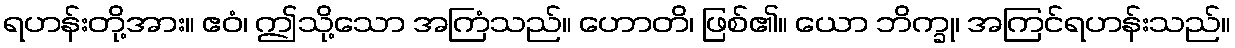
ရဟန်းတို့အား။ ဧဝံ၊ ဤသို့သော အကြံသည်။ ဟောတိ၊ ဖြစ်၏။ ယော ဘိက္ခု၊ အကြင်ရဟန်းသည်။